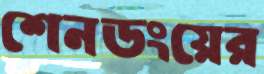
শেনডংয়ের